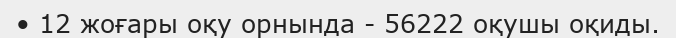
• 12 жоғары оқу орнында - 56222 оқушы оқиды.